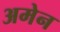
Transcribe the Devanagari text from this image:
अमेन